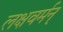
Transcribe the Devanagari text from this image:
लक्षवर्मन्‌